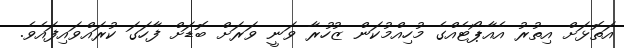
އަތޮޅަށް އިތުރު އެއާޕޯޓެއްގެ މުހިއްމުކަން ޒުހުރާ ވަނީ ވަރަށް ބޮޑަށް ފާހަގަ ކުރައްވައިފައެވެ.